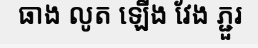
ធាង លូត ឡើង វែង ភ្ជួរ